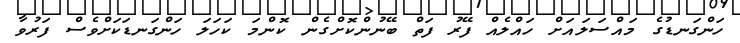
ހަންގަނޑުގެ މައްސަލައަށް ހައްލެއް ފޭރު ފަތް ބޭނުންކޮށްގެން ކޮންމަ ކަހަލަ ހަންގަނޑަކަށްވެސް ފަރުވާ